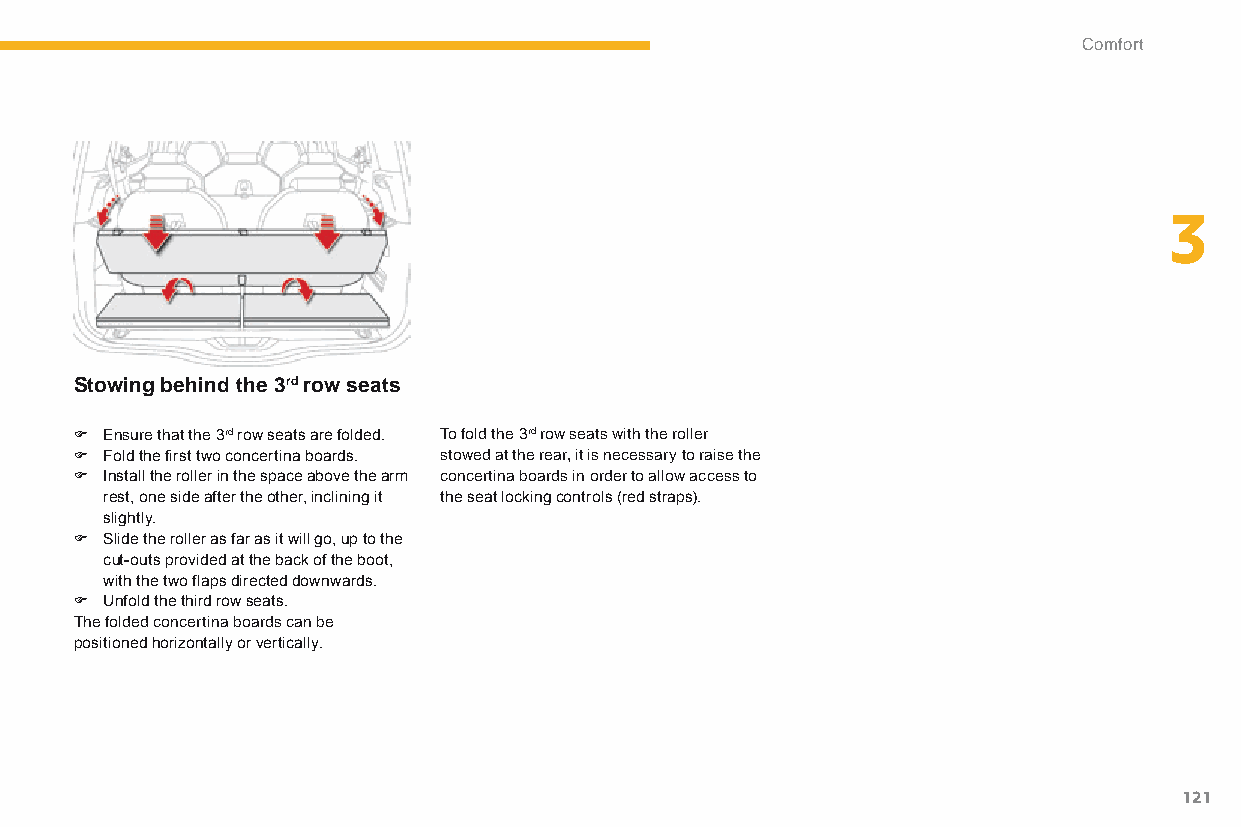
Comfort
 3
 Stowing behind the 3rd row seats
 F Ensure that the 3rd row seats are folded. To fold the 3rd row seats with the roller
 F Fold the first two concertina boards. stowed at the rear, it is necessary to raise the
 F Install the roller in the space above the arm concertina boards in order to allow access to
 rest, one side after the other, inclining it the seat locking controls (red straps).
 slightly.
 F Slide the roller as far as it will go, up to the
 cut-outs provided at the back of the boot,
 with the two flaps directed downwards.
 F Unfold the third row seats.
 The folded concertina boards can be
 positioned horizontally or vertically.
 121
 C4-Picasso-II_en_Chap03_confort_ed01-2015